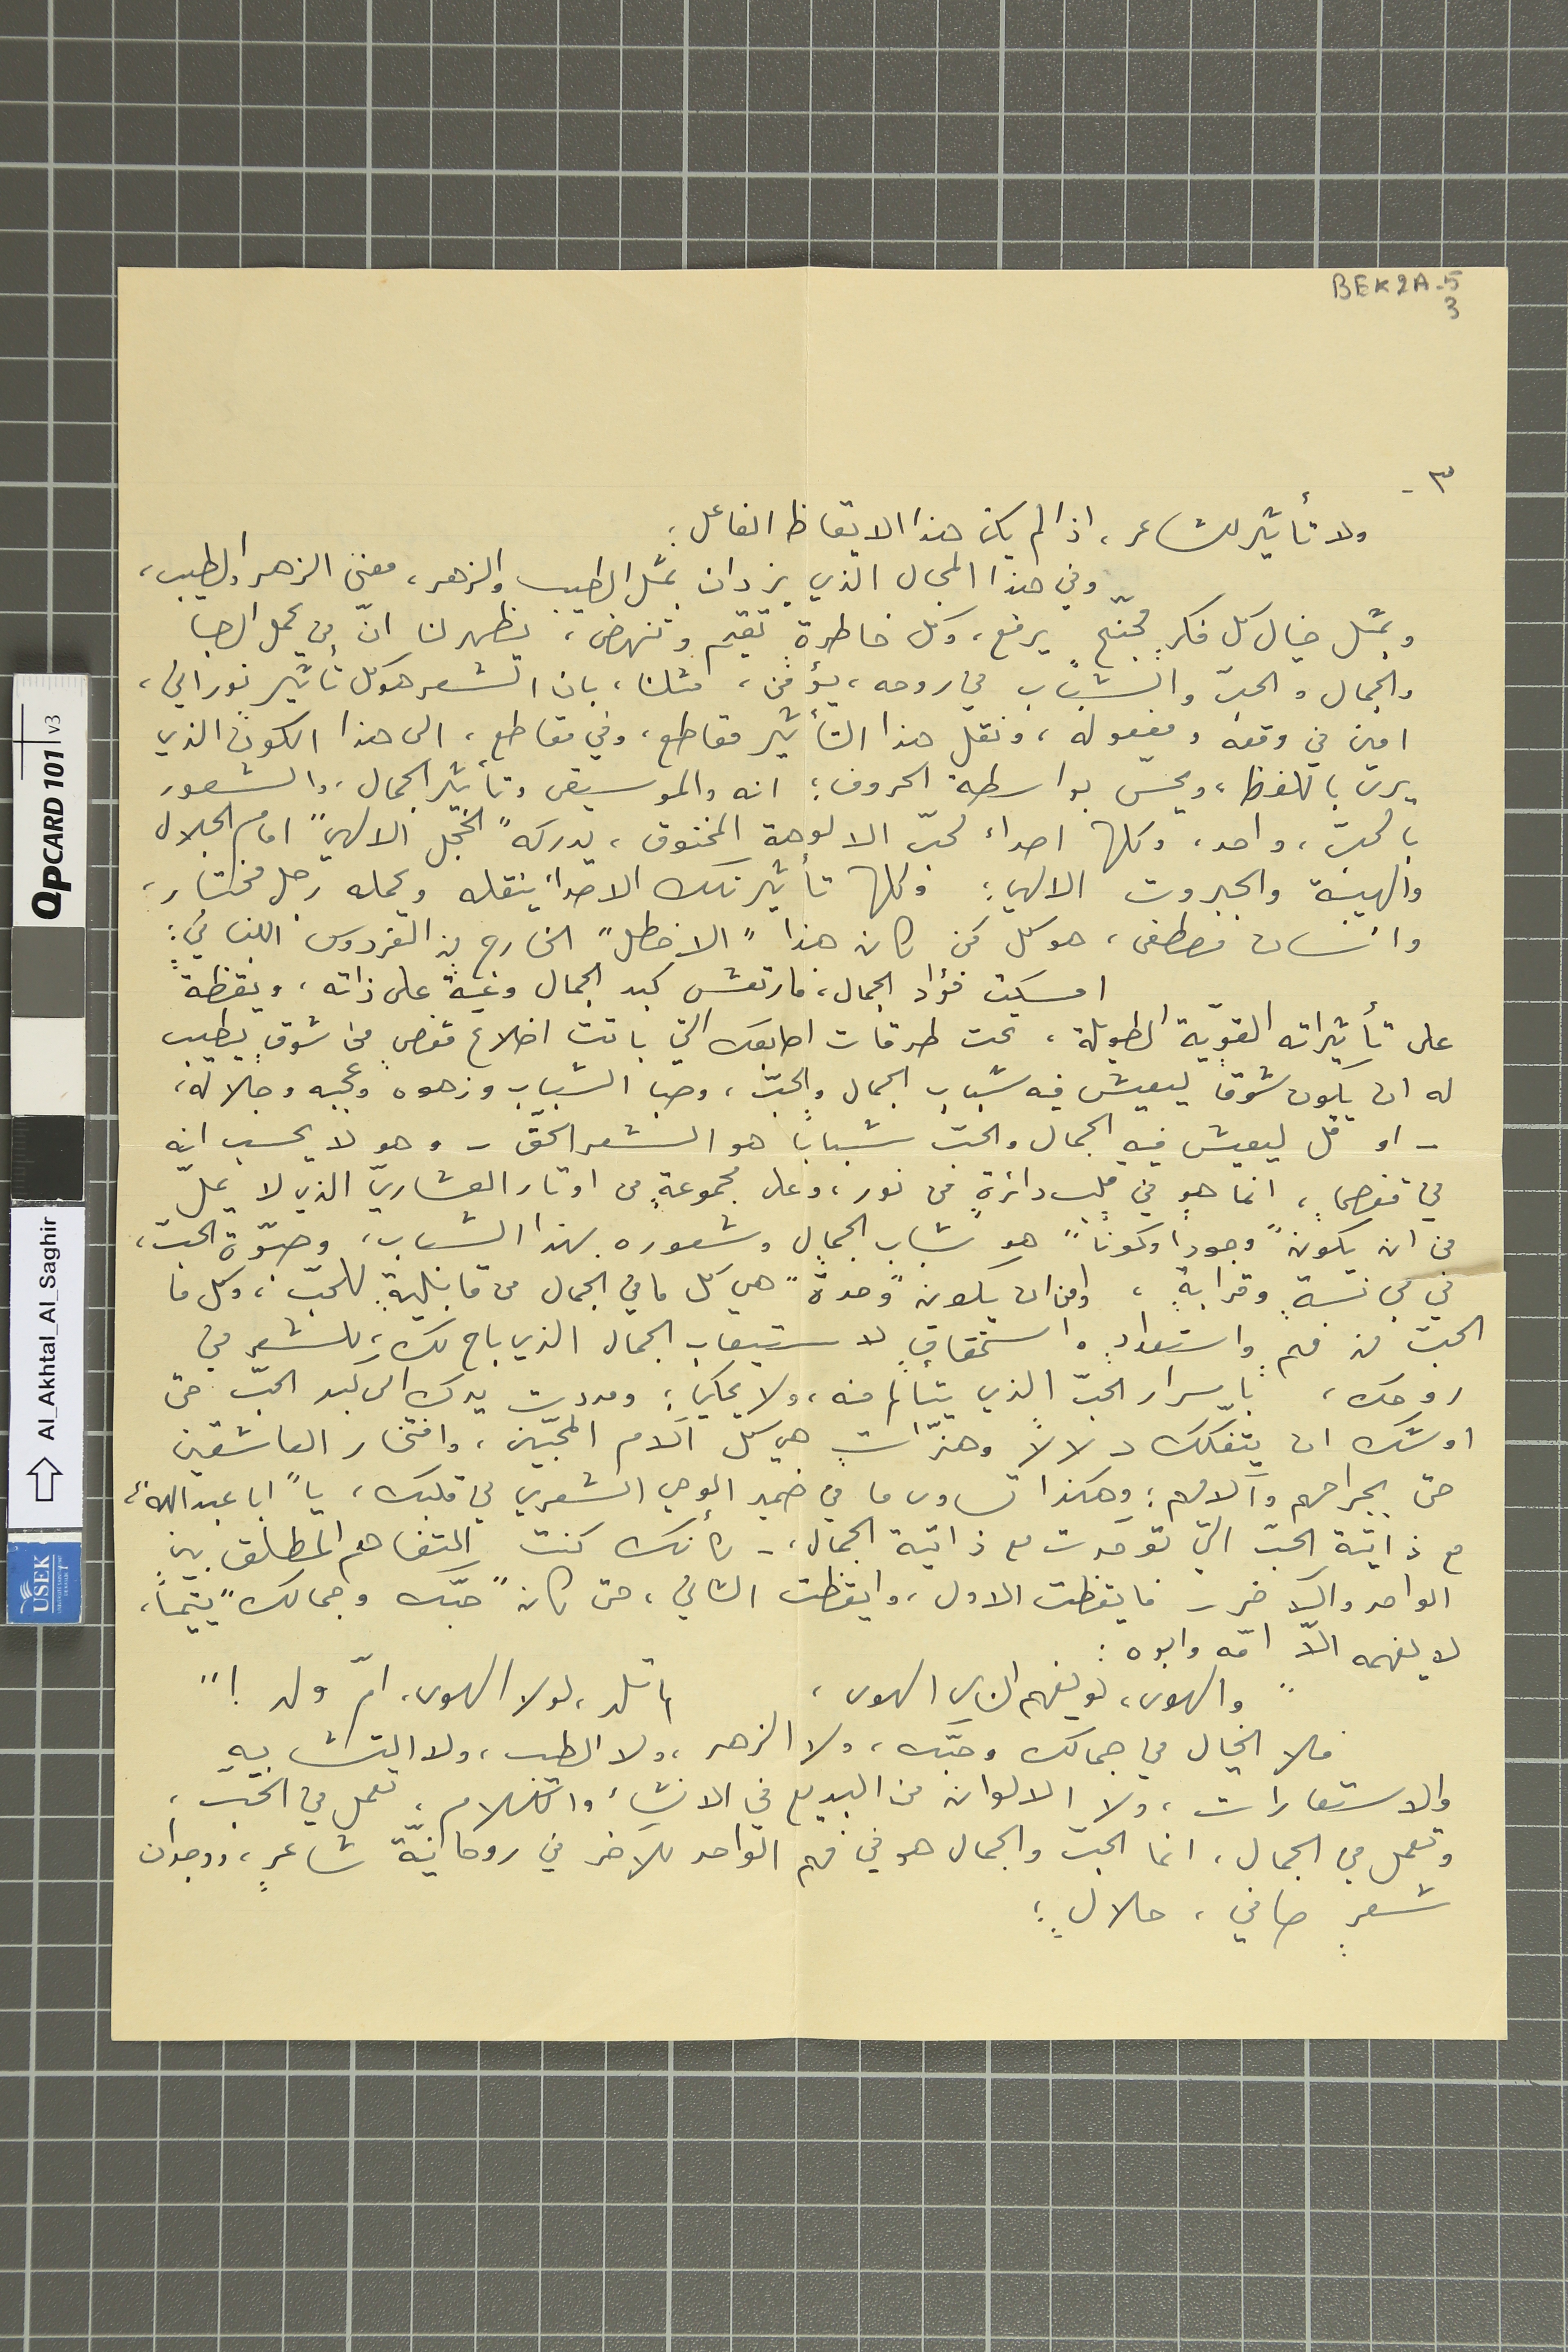
BEK2A-5 3
-٣
ولا تأثير لشاعر، اذا لم يكن هذا الايقاظ الفاعل :
وفي هذا المجال الذّي يزدان بمثل الطيب والزهر، معنى الزهر والطيب
ويمثل خيال كل فكرٍ مجنّح يرفع، وكل خاطرة تقيم وتنهض، يظهرن لنا انّ من يحمل الصبا
والجمال والحبّ والشباب في روحه، يؤمن، مثلنا، بان الشعر هو كل تأثير نوراني،
امين في وقعه ومفعوله، ونقل هذا التأثير مقاطع، وفي مقاطع، الى هذا الكون الذي
يرد باللفظ، ويحسّ بواسطة الحروف ؛ انه والموسيقى وتأثير الجمال. والشعور
بالحبّ، واحد، وكلها اصداء لحبّ الالوهة المخنوق، يدركه "الخجل الالهي" امام الجلال
والهيبة والجبروت الالهي : وكلها تأثير تلك الاصداء ينقله ويحمله رجل مختار،
وانسان مصطفى، هو كل مَن كان هذا "الاخطل" الخارج من الفردوس اللبناني :
امسكت فؤاد الجمال، فارتعش كبد الجمال وعية على ذاته، ويقظةً
على تأثيراته القويّة الطويلة، تحت طرقات اصابعك التي باتت اضلاع قفصٍ من شوقٍ يطيب
له ان يكون شوقاً ليعيش فيه شباب الجمال والحبّ، وصبا الشباب وزهوه وعجبه وجلاله،
- او قل ليعيش فيه الجمال والحبّ شباباً هو الشعر الحقّ- وهو لا  يحسب انه
في قفصٍ، انما هو في قلب دائرةٍ من نور، وعلى مجموعةٍ من اوتار العشاريّ الذي لا يملّ
من ان يكون "وجوداً وكوناً" هو شباب الجمال وشعوره بهذا الشباب، وصبّوة الحبّ،
في لب نسبةٍ وقرابةٍ، او من ان يكون "وحدة" هي كل ما في الجمال من قابليةٍ للحبّ، وكل ما
الحبّ من فهمٍ واستعدادٍ واستحقاقٍ لاستيعاب الجمال الذي باح لك، للشعر في
روحك، باسرار الحبّ الذي يتألم منه، ولا يحكي : ومددت يدك الى كبد الحبّ حتى
اوشك ان يتفكّك دلالاً وهذّاتٍ هي كل آلام المحبّين، وافتخار العاشقين
حتى بجراحهم وآلامهم ؛ وهكذا تساوى ما في ضمير الوحي الشعريّ في قلبك يا "ابا عبدالله"،
مع ذاتية الحبّ التي توحّدت مع ذاتية الجمال، لكأنك كنت التفاهم المطلق بين
الواحد والآخر - فايقظت الاول، وايقظت الثاني، حتى كان "حبّك وجمالك" يتيماً،
لا يفهمه الاّ امّه وابوه :
والهوى، لو يفهم الناي الهوى،                    لم تلد، لولا الهوى،  امّ ولد !"
فلا الخيال في جمالك وحبّك، ولا الزهر، والطيب، ولا التشابه
والاستعارات، ولا الالوان من البديع في الانشاء والكلام، تعمل في الحبّ،
وتعمل في الجمال، انما الحبّ والجمال هو في فهم الواحد للآخر في روحانيّة شاعرٍ، ووجدان
شعرٍ صافي، حلالٍ ؛